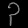
Digit: ၃